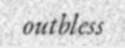
outbless